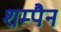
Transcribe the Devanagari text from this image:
शम्पैन